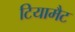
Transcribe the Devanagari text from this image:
टियामैट